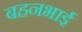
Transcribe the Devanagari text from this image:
बहनभाई